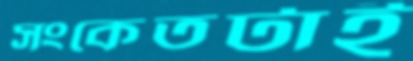
সংকেতটাই